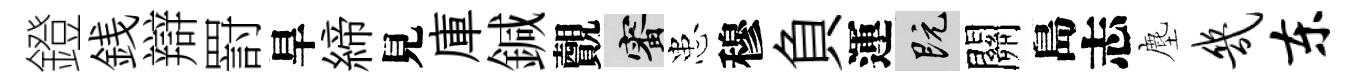
鐙銭辯罸旱締見庫鍼覿審患穆負運既關島志塵几东